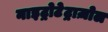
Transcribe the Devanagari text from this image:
नाइट्रोटेट्राज़ोल